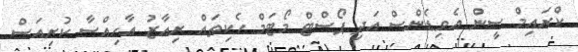
ކްރައިމް ސީން އެވިޑެންސް އަދި ޕޯސްޓް މޯޓަމް ހެކިތައް ރިއާޒު އާހިއްސާ ކުރިއަސް